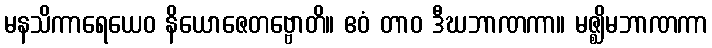
မနသိကာရေယေဝ နိယောဇေတဗ္ဗောတိ။ ဧဝံ တာဝ ဒီဃဘာဏကာ။ မဇ္ဈိမဘာဏကာ